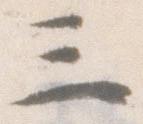
三